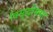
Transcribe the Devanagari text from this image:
विसुद्धीमग्ग